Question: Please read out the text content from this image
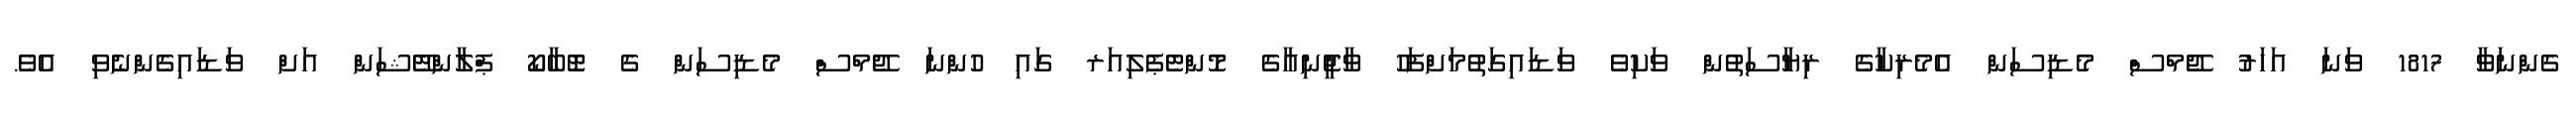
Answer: ގެންނަވާ 1817 ވަނަ އަހަރު ޖޭމްސް މެޑިސަން އެމެރިކާގެ ރިޔާސަތުން ވަކިވެ ވަޑައިގަތުމަށްފަހު ވާޖީނިއާގެ މޮންޓެޕެލިއަރ ގައި ހުންނަ ޖޭމްސް މެޑިސަން ގެ ޓޮބާކޯ ޕްލާންޓޭޝަން އަށް ވަޑައިގެންނެވި އެވެ.